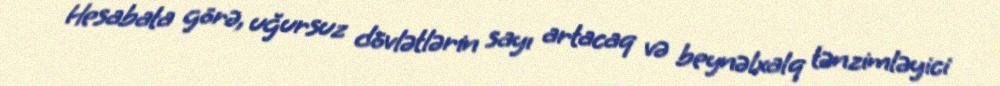
Hesabata görə, uğursuz dövlətlərin sayı artacaq və beynəlxalq tənzimləyici